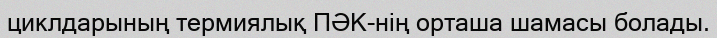
циклдарының термиялық ПӘК-нің орташа шамасы болады.